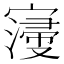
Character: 𡫏